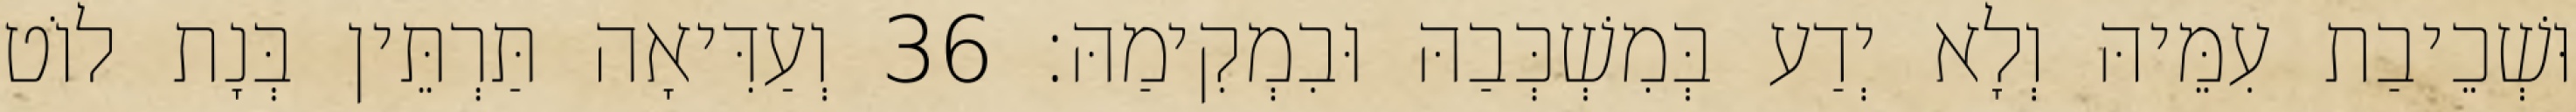
וּשְׁכֵיבַת עִמֵּיהּ וְלָא יְדַע בְּמִשְׁכְּבַהּ וּבִמְקִימַהּ׃ 36 וְעַדִּיאָה תַּרְתֵּין בְּנָת לוֹט